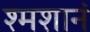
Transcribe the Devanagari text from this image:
श्मशानं